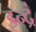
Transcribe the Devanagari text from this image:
इन्द्रं